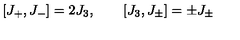
\lbrack J _ { + } , J _ { - } ] = 2 J _ { 3 } , \quad \quad \lbrack J _ { 3 } , J _ { \pm } ] = \pm J _ { \pm }